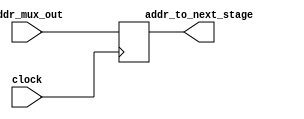
`timescale 1ps / 1ps
//////////////////////////////////////////////////////////////////////////////////
// Company: 
// Engineer: 
// 
// Design Name: 
// Module Name: IF_ID_stage_NPC_out_reg
// Project Name: 
// Target Devices: 
// Tool Versions: 
// Description: 
// 
// Dependencies: 
// 
// Revision:
// Revision 0.01 - File Created
// Additional Comments:
// 
//////////////////////////////////////////////////////////////////////////////////


module IF_ID_stage_addr(input [11:0]addr_mux_out,input clock,output reg [11:0]addr_to_next_stage);

always@(posedge clock)
begin
addr_to_next_stage=addr_mux_out;
end
endmodule